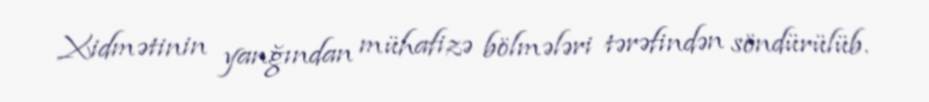
Xidmətinin yanğından mühafizə bölmələri tərəfindən söndürülüb.